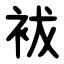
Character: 袚